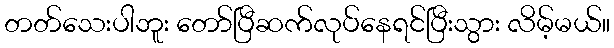
တတ်သေးပါဘူး တော်ပြီဆက်လုပ်နေရင်ပြီးသွား လိမ့်မယ်။